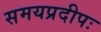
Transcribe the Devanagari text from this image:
समयप्रदीपः